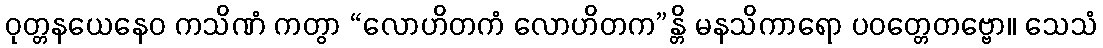
ဝုတ္တနယေနေဝ ကသိဏံ ကတွာ “လောဟိတကံ လောဟိတက”န္တိ မနသိကာရော ပဝတ္တေတဗ္ဗော။ သေသံ